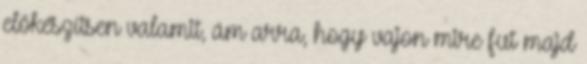
előkészítsen valamit, ám arra, hogy vajon mire fut majd